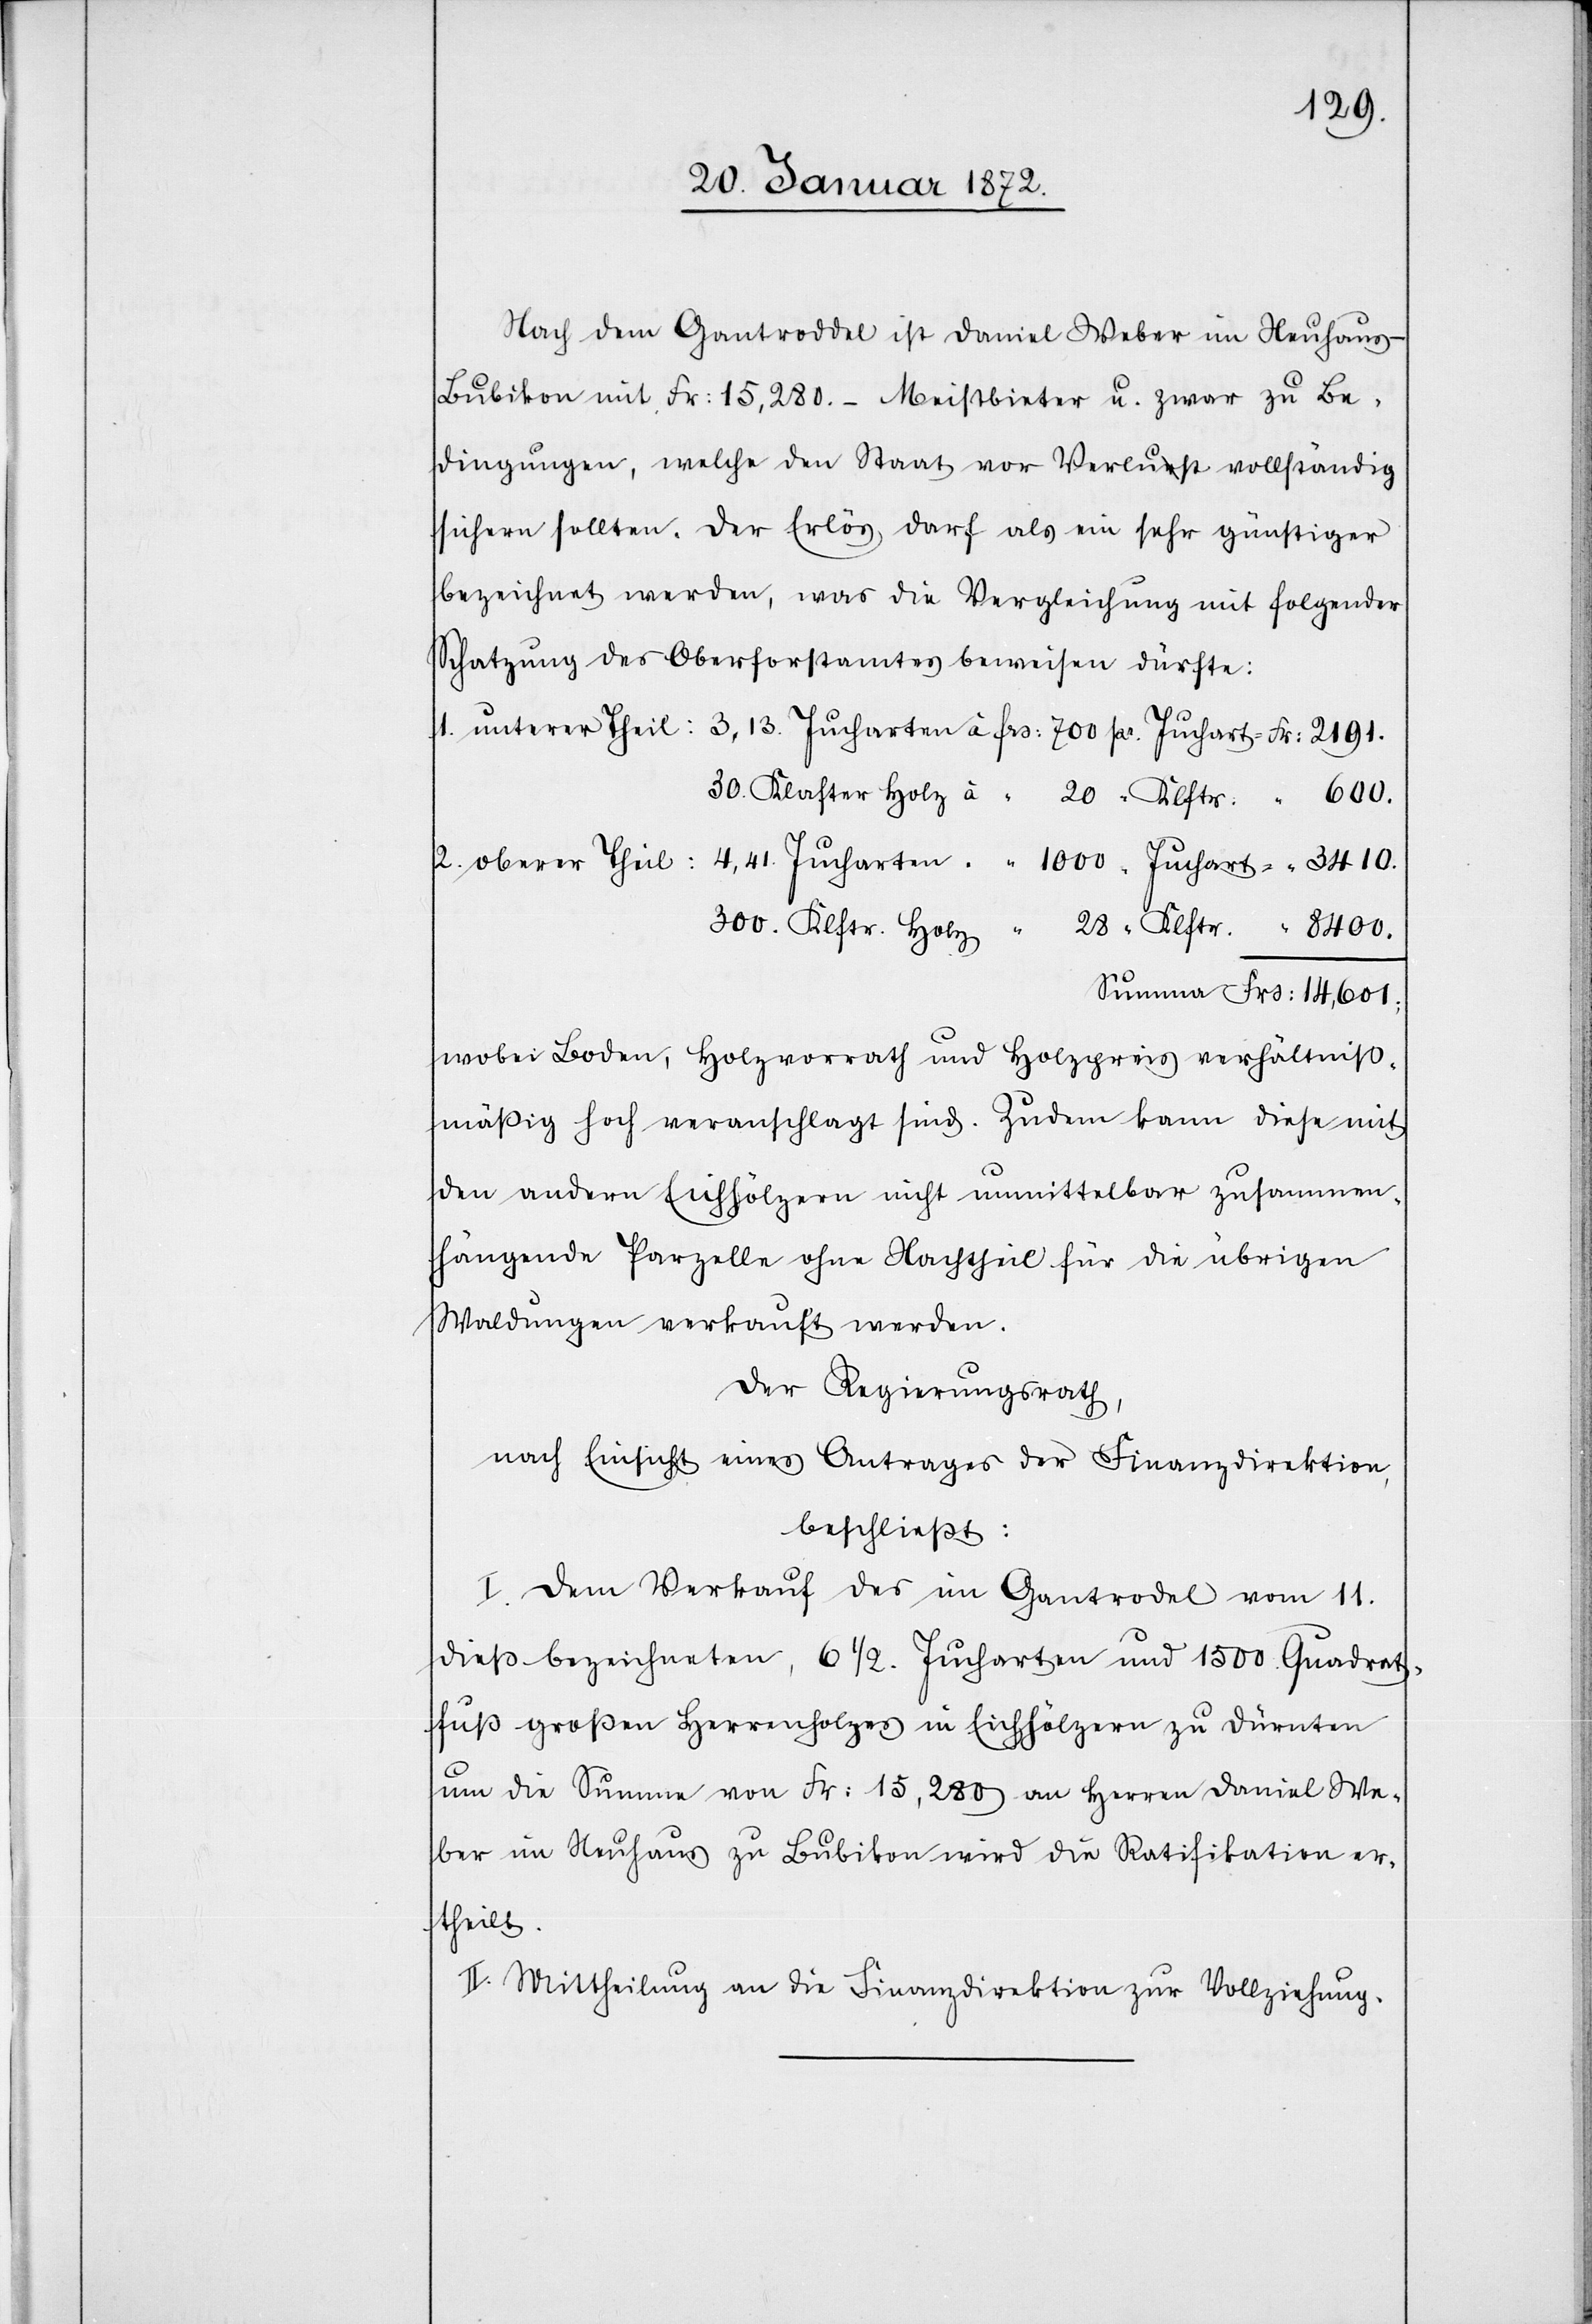
: 2191.
Nach dem Gantroddel ist Daniel Weber im Neuhaus-B¬
ubikon mit Fr: 15,280.– Meistbieter u. zwar zu Be¬
dingungen, welche den Staat vor Verlust vollständig
sichern sollten. Der Erlös darf als ein sehr günstiger
bezeichnet werden, was die Vergleichung mit folgender
Schatzung des Oberforstamtes beweisen dürfte:
30. Klafter Holz à “ 20 “ Klftr: “ 600.
300. Klftr. Holz “ 28 “ Klftr. “ 8400.
Summa Frs: 14,601.
wobei Boden, Holzvorrath und Holzpreis verhältniß¬
mäßig hoch veranschlagt sind. Zudem kann diese mit
den andern Eichhölzern nicht unmittelbar zusammen¬
hängende Parzelle ohne Nachtheil für die übrigen
Waldungen verkauft werden.
Der Regierungsrath,
nach Einsicht eines Antrages der Finanzdirektion,
beschließt:
I. Den Verkauf des im Gantrodel vom 11.
dieß bezeichnete, 6 1/2. Jucharten und 1500. Quadrat¬
fuß großen Herrenholzes in Eichhölzern zu Dürnten
um die Summe von Fr: 15,280 an Herren Daniel We¬
ber im Neuhaus zu Bubikon wird die Ratifikation er¬
theilt.
II. Mittheilung an die Finanzdirektion zur Vollziehung.